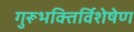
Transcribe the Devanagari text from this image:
गुरूभक्तिर्विशेषेण